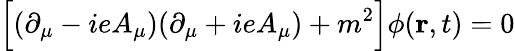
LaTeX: \Big[(\partial_{\mu}-ieA_{\mu})(\partial_{\mu}+ieA_{\mu})+m^{2}\Big]\phi(\mathbf{r},t)=0